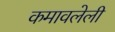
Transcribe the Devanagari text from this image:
कमावलेली